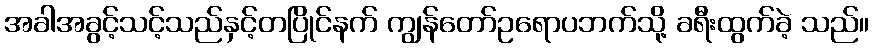
အခါအခွင့်သင့်သည်နှင့်တပြိုင်နက် ကျွန်တော်ဥရောပဘက်သို့ ခရီးထွက်ခဲ့ သည်။